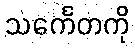
သင်္ကေတကို